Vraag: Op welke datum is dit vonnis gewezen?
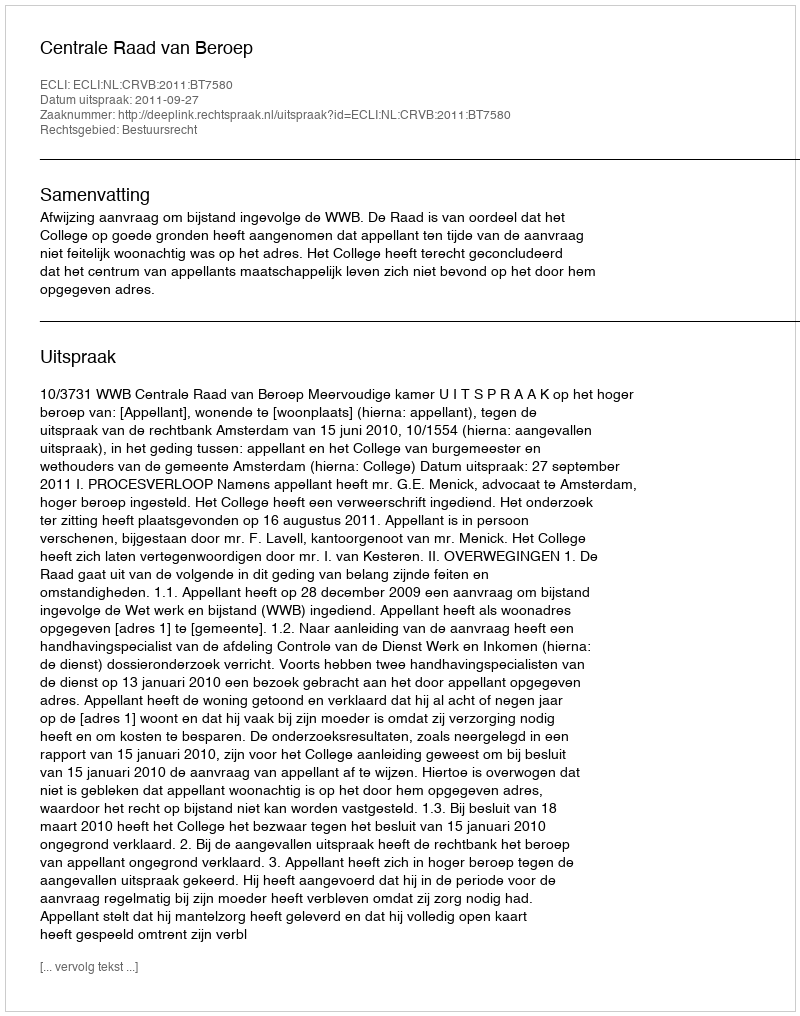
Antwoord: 2011-09-27